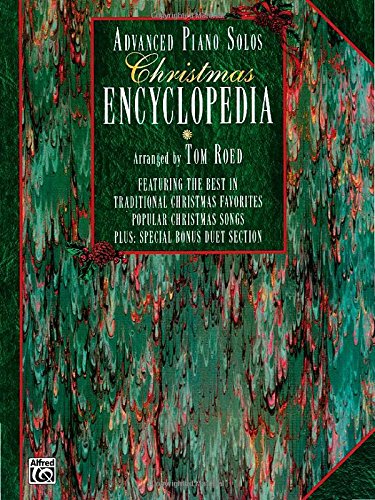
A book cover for Advanced Piano Solos Christmas Encyclopedia; Reference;